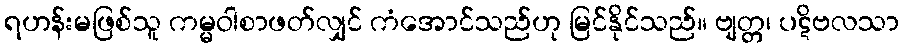
ရဟန်းမဖြစ်သူ ကမ္မဝါစာဖတ်လျှင် ကံအောင်သည်ဟု မြင်နိုင်သည်။ ဗျတ္တ၊ ပဋိဗလသာ